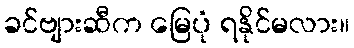
ခင်ဗျားဆီက မြေပုံ ရနိုင်မလား။